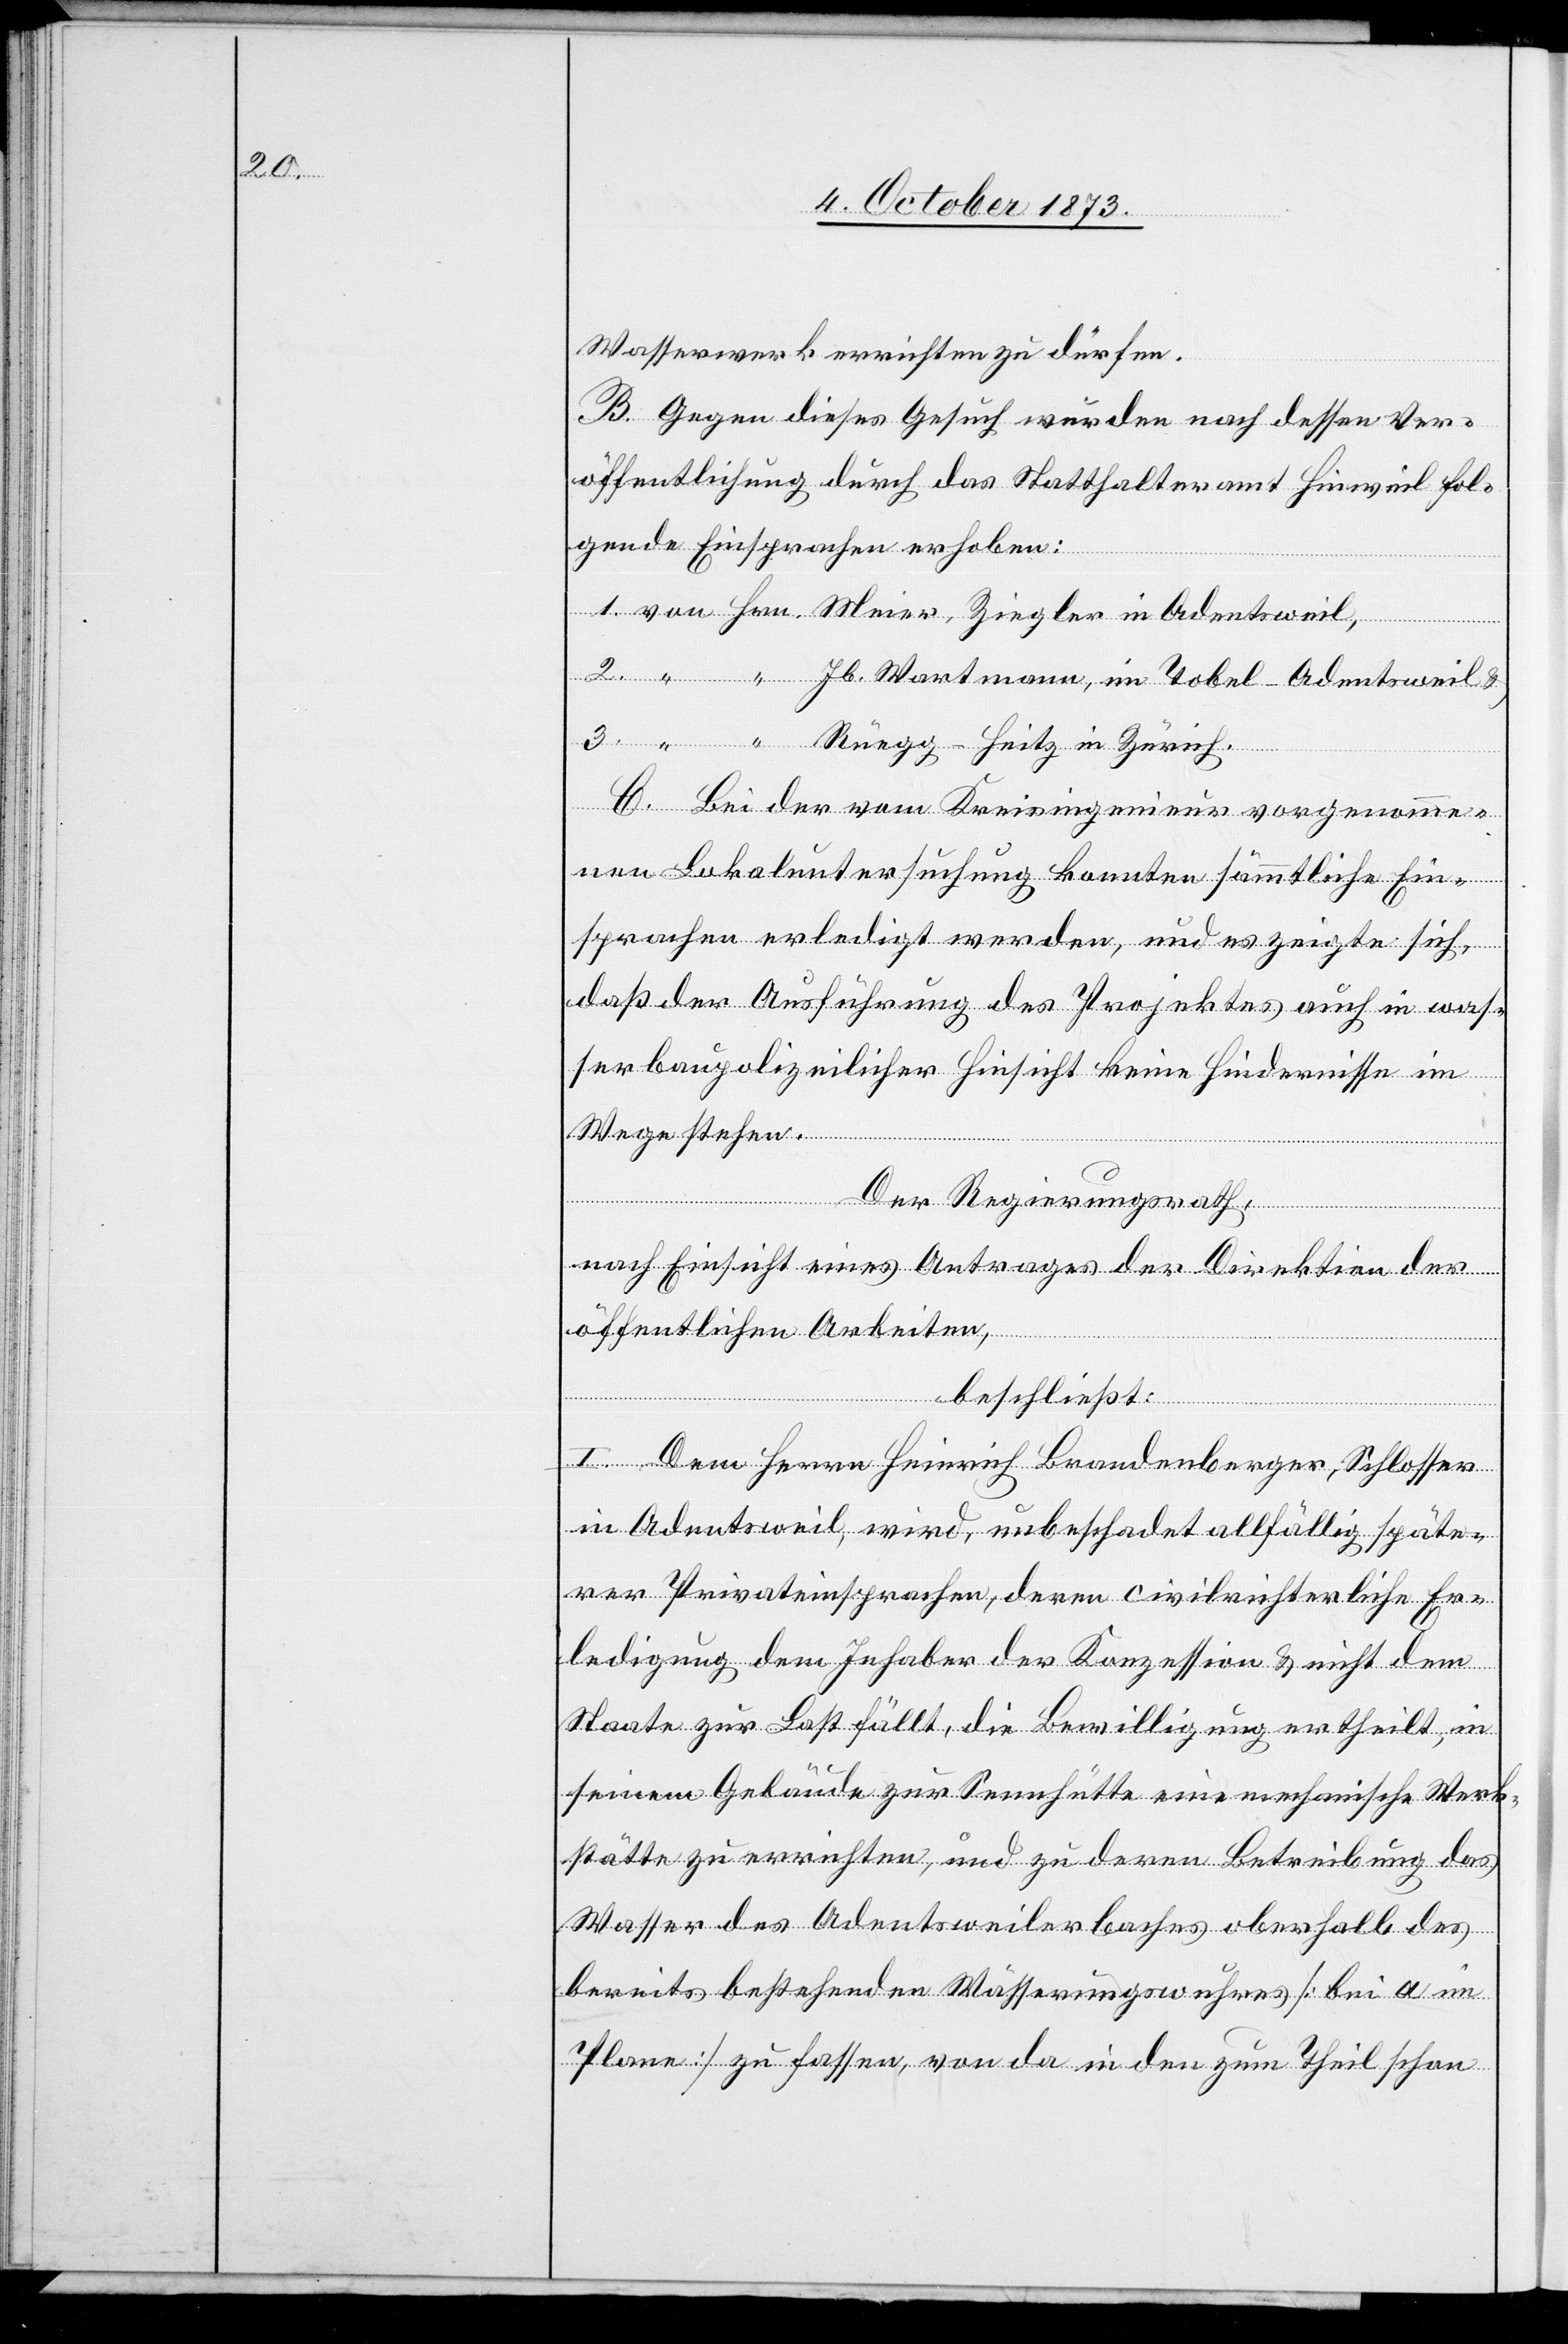
Wasserwerk errichten zu dürfen.
B. Gegen dieses Gesuch wurden nach dessen Ver¬
öffentlichung durch das Statthalteramt Hinweil fol¬
gende Einsprachen erhoben:
1. von Hrn. Meier, Ziegler in Adentsweil,
2. “ “ Jb. Wartmann, im Tobel - Adentsweil &
3. “ “ Rüegg-Heitz in Zürich.
C. Bei der vom Kreisingenieur vorgenomme¬
nen Lokaluntersuchung konnten sämmtliche Ein¬
sprachen erledigt werden, und es zeigte sich,
daß der Ausführung des Projektes auch in was¬
serbaupolizeilicher Hinsicht keine Hindernisse im
Wege stehen.
Der Regierungsrath,
nach Einsicht eines Antrages der Direktion der
öffentlichen Arbeiten,
beschließt:
I. Dem Herrn Heinrich Brandenberger, Schlosser
in Adentsweil, wird, unbeschadet allfällig späte¬
rer Privateinsprachen, deren civilrichterliche Er¬
ledigung dem Inhaber der Konzession & nicht dem
Staate zur Last fällt, die Bewilligung ertheilt, in
seinem Gebäude zur Sennhütte eine mechanische Werk¬
stätte zu errichten, und zu deren Betreibung das
Wasser des Adentsweilerbaches oberhalb des
bereits bestehenden Wässerungswuhres [bei a im
Plane] zu fassen, von da in den zum Theil schon